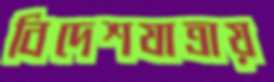
বিদেশযাত্রায়